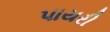
પાયરી